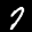
Label: 7